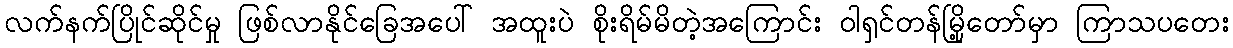
လက်နက်ပြိုင်ဆိုင်မှု ဖြစ်လာနိုင်ခြေအပေါ် အထူးပဲ စိုးရိမ်မိတဲ့အကြောင်း ဝါရှင်တန်မြို့တော်မှာ ကြာသပတေး